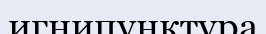
игнипунктура